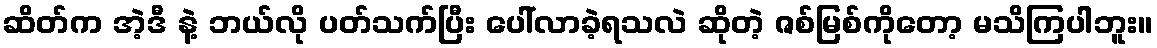
ဆိတ်က အဲ့ဒီ နဲ့ ဘယ်လို ပတ်သက်ပြီး ပေါ်လာခဲ့ရသလဲ ဆိုတဲ့ ဇစ်မြစ်ကိုတော့ မသိကြပါဘူး။